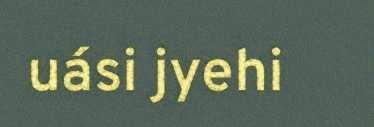
uási jyehi